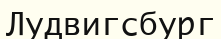
Лудвигсбург